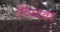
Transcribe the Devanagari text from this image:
ठेव्यावर